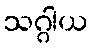
သဂ္ဂါယ